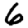
Digit: 6